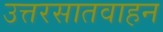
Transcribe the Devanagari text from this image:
उत्तरसातवाहन